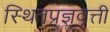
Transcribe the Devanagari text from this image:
स्थितप्रज्ञवृत्ती